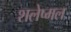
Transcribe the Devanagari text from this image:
शलेष्मल